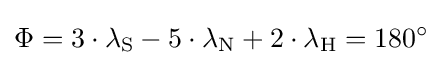
\Phi =3\cdot \lambda _{\rm {S}}-5\cdot \lambda _{\rm {N}}+2\cdot \lambda _{\rm {H}}=180^{\circ }